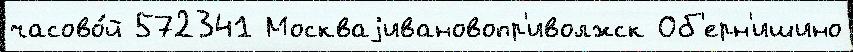
часово́й 572341 Москваjивановопр'иволжск Об'ерн'ишино